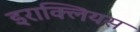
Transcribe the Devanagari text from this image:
इराक्लियस